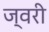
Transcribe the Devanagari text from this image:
ज्वरी